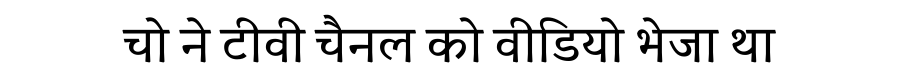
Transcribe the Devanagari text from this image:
चो ने टीवी चैनल को वीडियो भेजा था